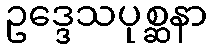
ဥဒ္ဒေသပုစ္ဆနာ